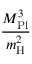
\frac { M _ { \mathrm { P l } } ^ { 3 } } { m _ { \mathrm { H } } ^ { 2 } }